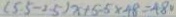
( 5 . 5 - 2 . 5 ) x + 5 . 5 x - 4 8 = 4 8 0